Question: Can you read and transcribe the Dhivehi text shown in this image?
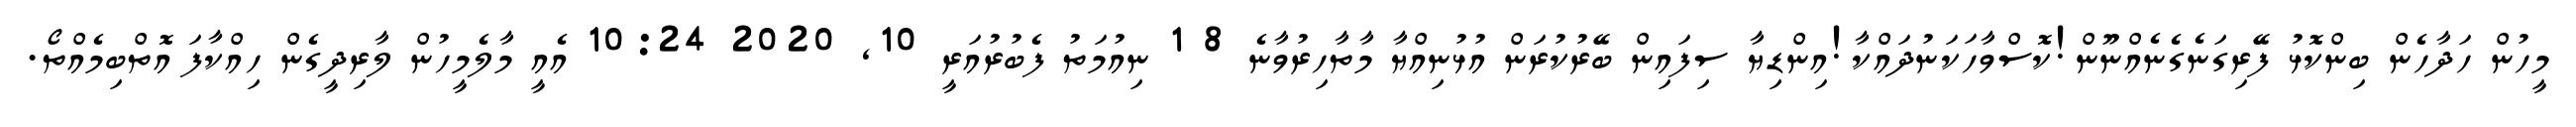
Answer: މީހުން ހަދާހެން ބިންކޮޅު ފޭރިގަނެގެނެއްނޫން!ކޮސްވާހަކަނުދައްކާ!އިންޑިޔާ ސިފައިން ބޭރުކުރަން އުޅުނިއްޔާ މާތާހިރުވާނެ 8 1 ނިއުމަތު ފެބުރުއަރީ 10, 2020 10:24 އެއީ މާލެމީހުން ލާރިދީގެން ހިއްކާފަ އޮތްބިމެއްތޯ.